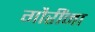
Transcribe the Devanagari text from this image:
गौरींना